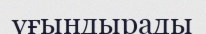
үғындырады